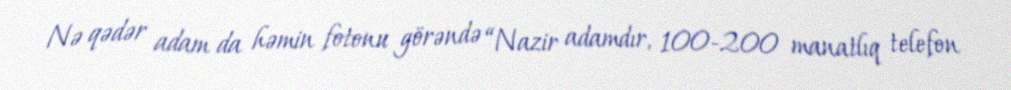
Nə qədər adam da həmin fotonu görəndə “Nazir adamdır, 100-200 manatlıq telefon